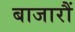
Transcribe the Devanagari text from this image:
बाजारौं